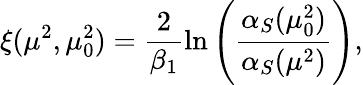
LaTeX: \xi(\mu^{2},\mu_{0}^{2})=\frac{2}{\beta_{1}}\ln\left(\frac{\alpha_{S}(\mu_{0}^{2})}{\alpha_{S}(\mu^{2})}\right),